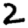
Digit: 2